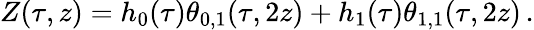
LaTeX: Z(\tau,z)=h_{0}(\tau)\theta_{0,1}(\tau,2z)+h_{1}(\tau)\theta_{1,1}(\tau,2z)\, .